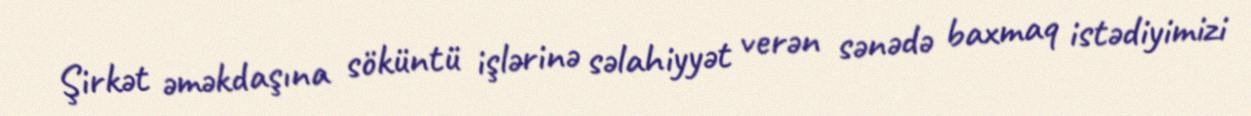
Şirkət əməkdaşına söküntü işlərinə səlahiyyət verən sənədə baxmaq istədiyimizi